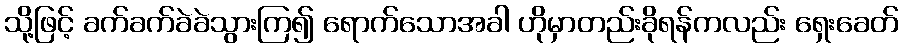
သို့ဖြင့် ခက်ခက်ခဲခဲသွားကြ၍ ရောက်သောအခါ ဟိုမှာတည်းခိုရန်ကလည်း ရှေးခေတ်